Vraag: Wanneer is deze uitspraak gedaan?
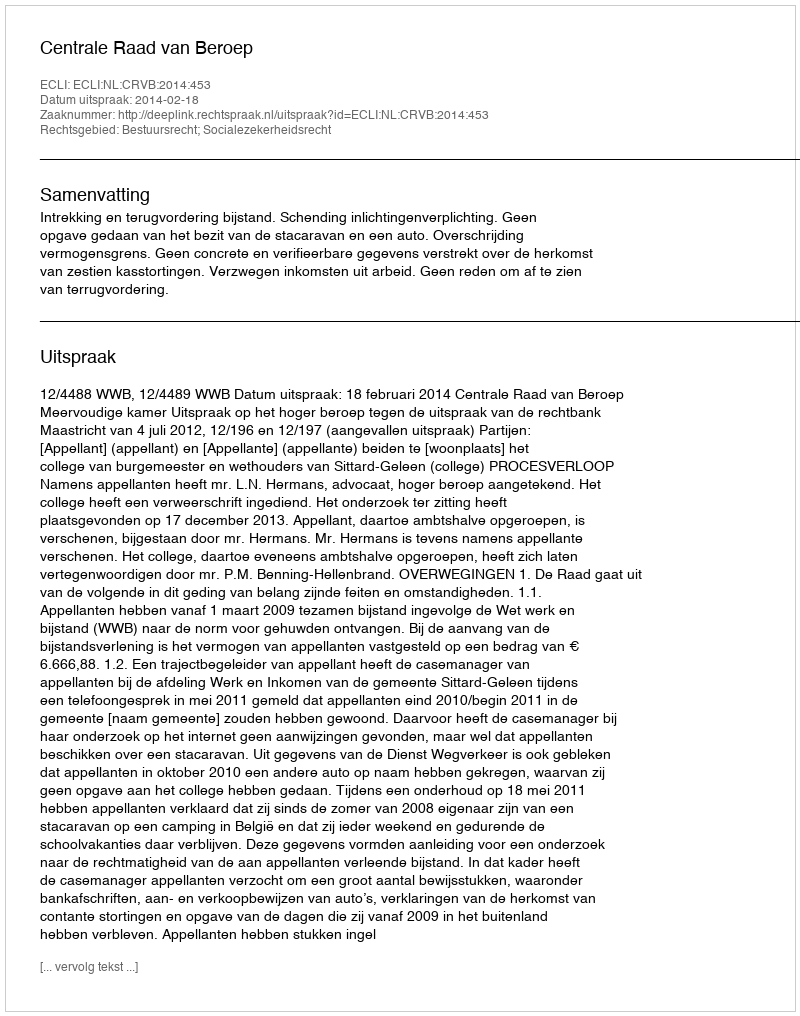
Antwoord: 2014-02-18